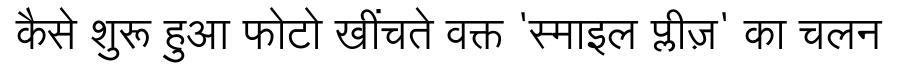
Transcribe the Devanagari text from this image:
कैसे शुरू हुआ फोटो खींचते वक्त 'स्माइल प्लीज़' का चलन